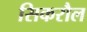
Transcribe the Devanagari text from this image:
सिकरौल